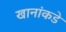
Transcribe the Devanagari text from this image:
खानांकडे